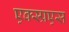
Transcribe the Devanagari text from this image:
एक्स्प्रएस